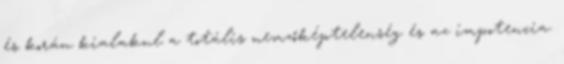
és korán kialakul a totális nemzőképtelenség és az impotencia.